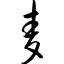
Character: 麦